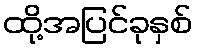
ထို့အပြင်ခုနှစ်